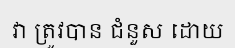
វា ត្រូវបាន ជំនួស ដោយ